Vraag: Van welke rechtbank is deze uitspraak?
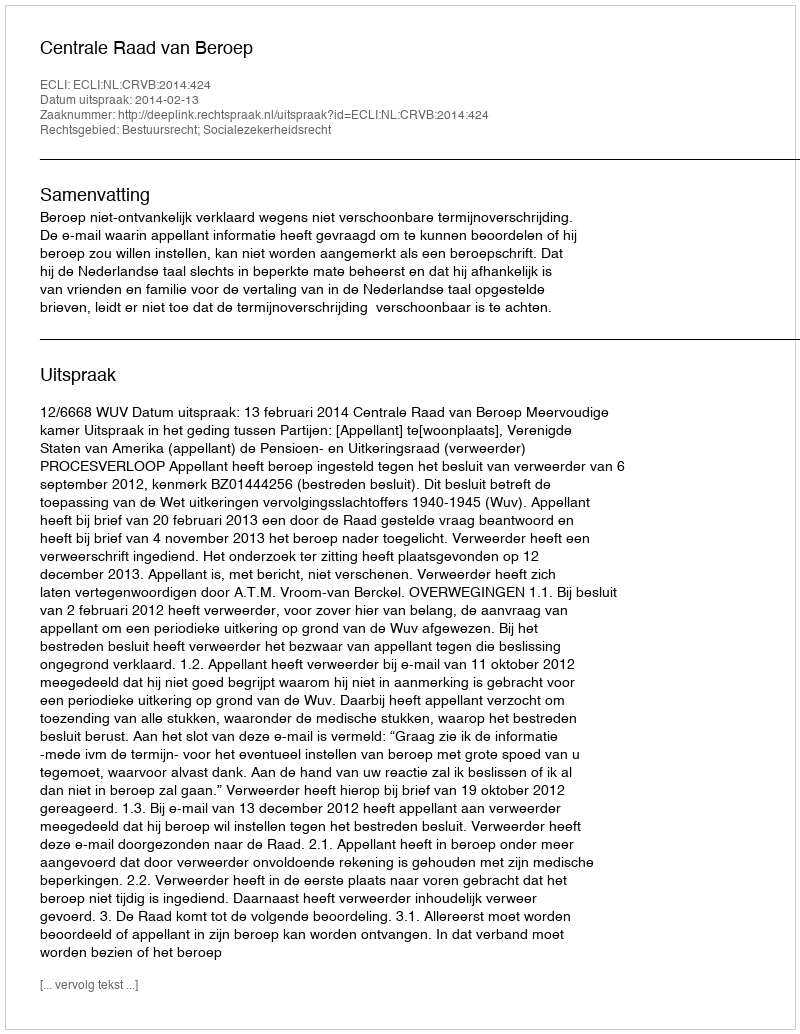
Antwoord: Centrale Raad van Beroep